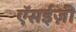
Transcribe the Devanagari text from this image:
ऍसईज़ी